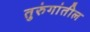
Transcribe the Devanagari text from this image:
तुरुंगांतील